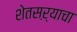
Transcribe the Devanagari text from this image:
शेतसऱ्याचा